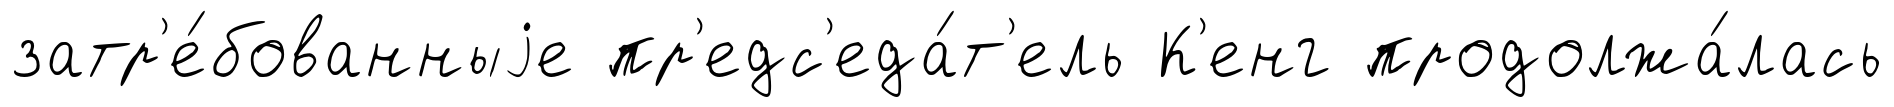
затр'е́бованныjе пр'едс'еда́т'ель К'енг продолжа́лась